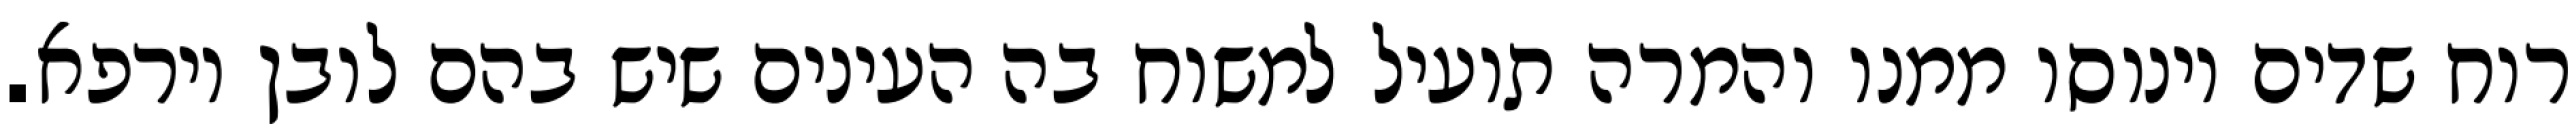
רוח שדים וינוסו ממנו והמרה תועיל למשוח בה העינים שיש בהם לובן וירפא.